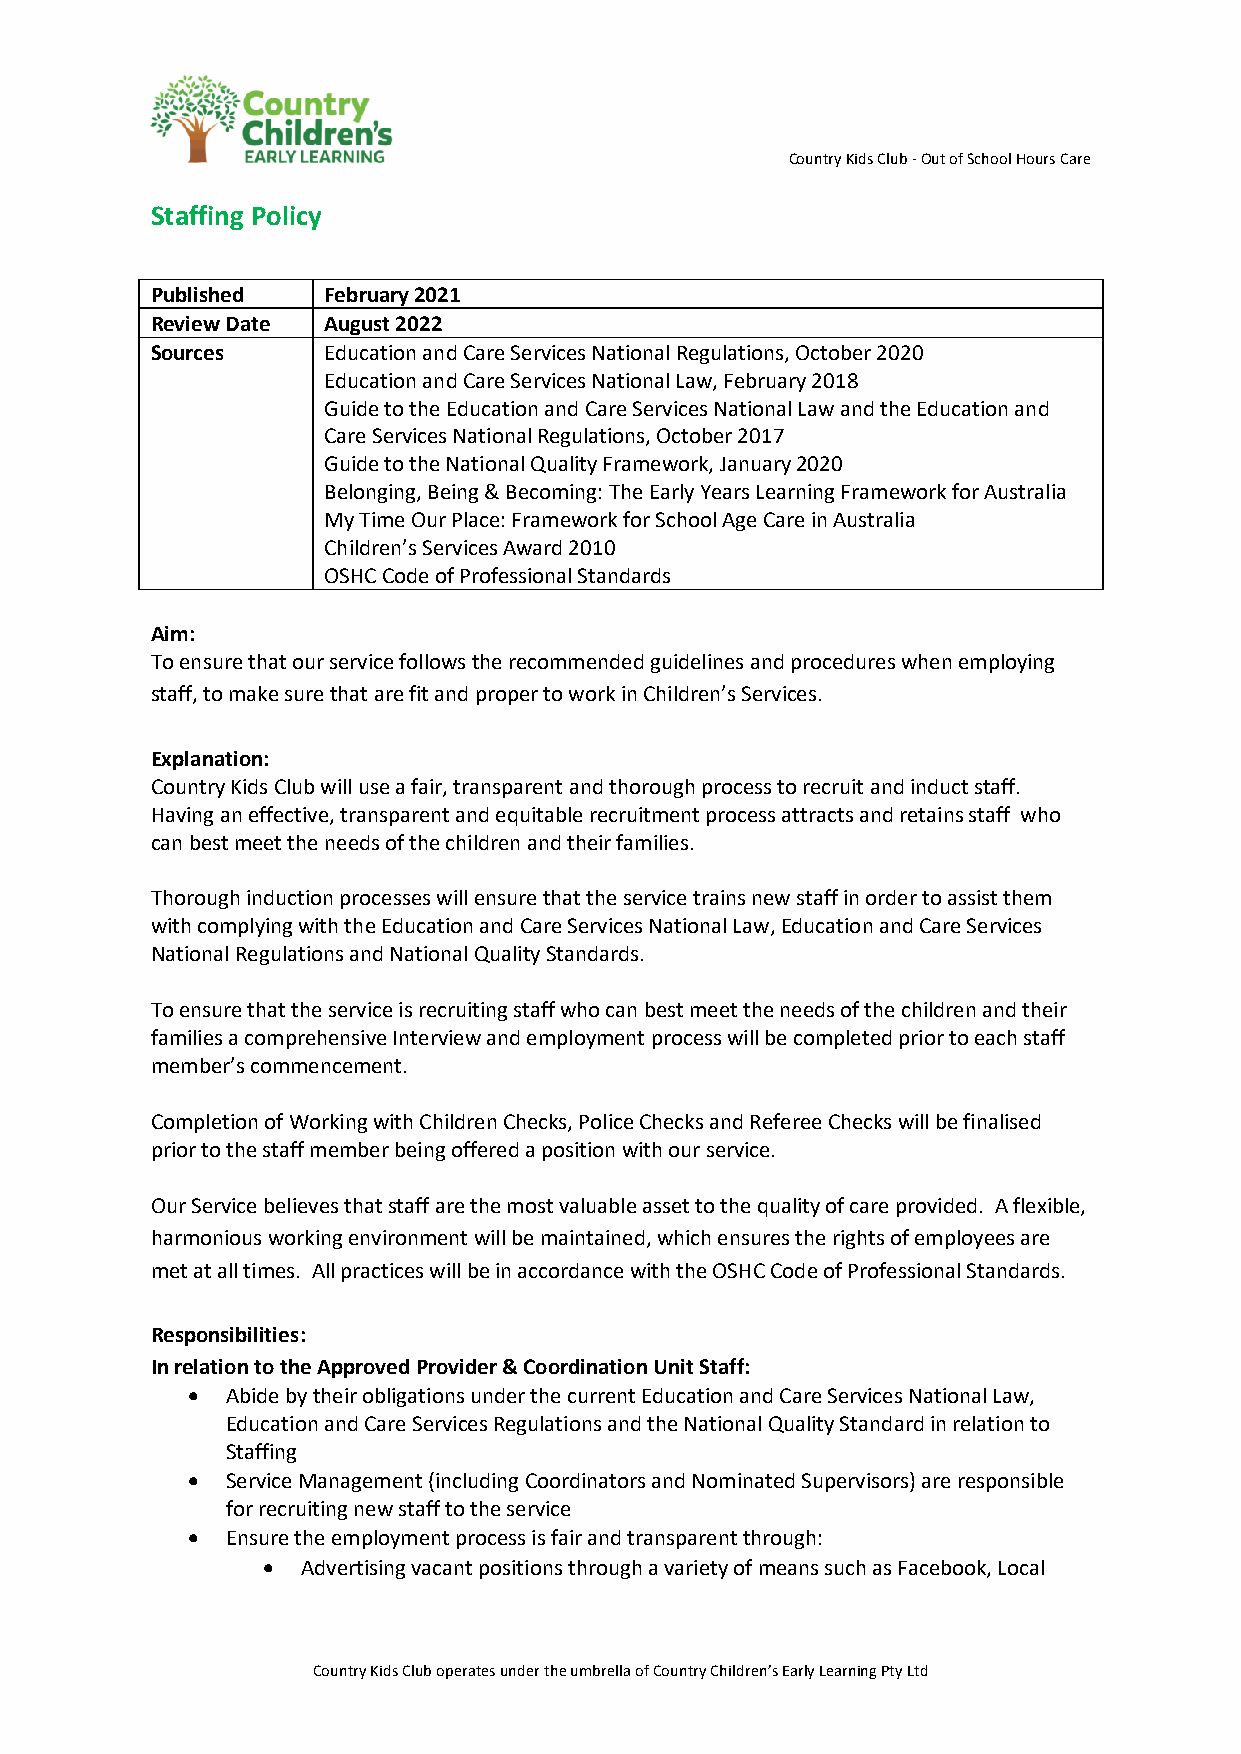
Country Kids Club - Out of School Hours Care
 Staffing Policy
 Published  February 2021
 Review Date August 2022
 Sources    Education and Care Services National Regulations, October 2020
 Education and Care Services National Law, February 2018
 Guide to the Education and Care Services National Law and the Education and
 Care Services National Regulations, October 2017
 Guide to the National Quality Framework, January 2020
 Belonging, Being & Becoming: The Early Years Learning Framework for Australia
 My Time Our Place: Framework for School Age Care in Australia
 Children’s Services Award 2010
 OSHC Code of Professional Standards
 Aim:
 To ensure that our service follows the recommended guidelines and procedures when employing
 staff, to make sure that are fit and proper to work in Children’s Services.
 Explanation:
 Country Kids Club will use a fair, transparent and thorough process to recruit and induct staff.
 Having an effective, transparent and equitable recruitment process attracts and retains staff who
 can best meet the needs of the children and their families.
 Thorough induction processes will ensure that the service trains new staff in order to assist them
 with complying with the Education and Care Services National Law, Education and Care Services
 National Regulations and National Quality Standards.
 To ensure that the service is recruiting staff who can best meet the needs of the children and their
 families a comprehensive Interview and employment process will be completed prior to each staff
 member’s commencement.
 Completion of Working with Children Checks, Police Checks and Referee Checks will be finalised
 prior to the staff member being offered a position with our service.
 Our Service believes that staff are the most valuable asset to the quality of care provided. A flexible,
 harmonious working environment will be maintained, which ensures the rights of employees are
 met at all times. All practices will be in accordance with the OSHC Code of Professional Standards.
 Responsibilities:
 In relation to the Approved Provider & Coordination Unit Staff:
 •  Abide by their obligations under the current Education and Care Services National Law,
 Education and Care Services Regulations and the National Quality Standard in relation to
 Staffing
 •  Service Management (including Coordinators and Nominated Supervisors) are responsible
 for recruiting new staff to the service
 •  Ensure the employment process is fair and transparent through:
 •  Advertising vacant positions through a variety of means such as Facebook, Local
 Country Kids Club operates under the umbrella of Country Children’s Early Learning Pty Ltd